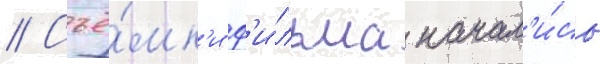
// Съё́мк'и ф'и́льма начал'и́сь